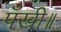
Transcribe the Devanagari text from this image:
पँखी॥